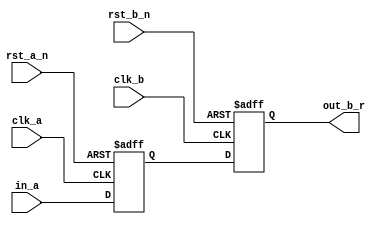
module chip (/*AUTOARG*/
   // Outputs
   out_b_r,
   // Inputs
   rst_a_n, rst_b_n, clk_a, clk_b, in_a
   );
   
   input rst_a_n;
   input rst_b_n;
   input clk_a;
   input clk_b;
   input in_a;
   output out_b_r;
  
  
  /*AUTOINPUT*/
  /*AUTOOUTPUT*/
  
  /*AUTOREG*/
  /*AUTOWIRE*/

   reg 	 in_a_r;
   reg 	 out_b_r;
   

   always @(posedge clk_a or negedge rst_a_n) begin
      if(rst_a_n == 1'b0) begin
	 /*AUTORESET*/
	 // Beginning of autoreset for uninitialized flops
	 in_a_r <= 1'h0;
	 // End of automatics
      end
      else begin
	 in_a_r <= in_a;	 
      end
   end



   always @(posedge clk_b or negedge rst_b_n) begin
      if(rst_b_n == 1'b0) begin
	 /*AUTORESET*/
	 // Beginning of autoreset for uninitialized flops
	 out_b_r <= 1'h0;
	 // End of automatics
      end
      else begin
	 out_b_r <= in_a_r;	 
      end
   end

   
  
  
endmodule // chip
/*  
 Local Variables:
 verilog-library-directories:(
 "."
 )
 eval: (flymake-mode 1)
 eval: (ignore-errors (flycheck-mode -1))
 End:
 */